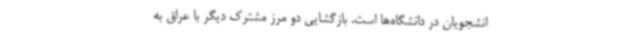
انشجویان در دانشگاه‌ها است. بازگشایی دو مرز مشترک دیگر با عراق به